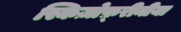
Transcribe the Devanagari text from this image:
स्किज़ोफ़्रीनीया